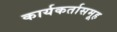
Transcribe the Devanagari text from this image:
कार्यकर्तासमूह